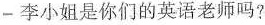
-李小姐是你们的英语老师吗?